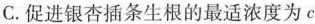
C.促进银杏插条生根的最适浓度为c